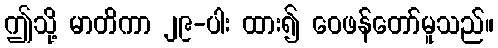
ဤသို့ မာတိကာ ၂၉-ပါး ထား၍ ဝေဖန်တော်မူသည်။